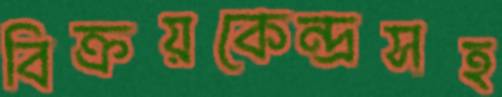
বিক্রয়কেন্দ্রসহ